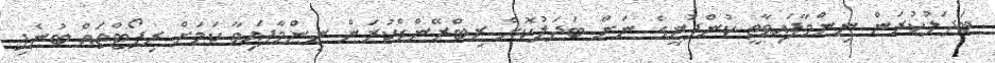
ބަދަލުކުރަން ނިންމާފައިވާތީ ކުންފުނީގެ ނަން ބަދަލުކޮށް ރިބްރޭންޑްކުރަން ނިންމާފައިވާ ކަމަށް ރިޕޯޓްތައް ބުނެފި